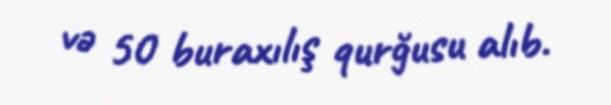
və 50 buraxılış qurğusu alıb.